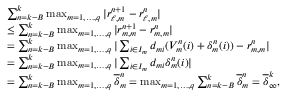
\begin{array} { r l } & { \sum _ { n = k - B } ^ { k } \operatorname* { m a x } _ { m = 1 , \ldots , q } | r _ { \ell , m } ^ { n + 1 } - r _ { \ell , m } ^ { n } | } \\ & { \leq \sum _ { n = k - B } ^ { k } \operatorname* { m a x } _ { m = 1 , \ldots , q } | r _ { m , m } ^ { n + 1 } - r _ { m , m } ^ { n } | } \\ & { = \sum _ { n = k - B } ^ { k } \operatorname* { m a x } _ { m = 1 , \ldots , q } | \sum _ { i \in I _ { m } } d _ { m i } ( V _ { m } ^ { n } ( i ) + \delta _ { m } ^ { n } ( i ) ) - r _ { m , m } ^ { n } | } \\ & { = \sum _ { n = k - B } ^ { k } \operatorname* { m a x } _ { m = 1 , \ldots , q } | \sum _ { i \in I _ { m } } d _ { m i } \delta _ { m } ^ { n } ( i ) | } \\ & { = \sum _ { n = k - B } ^ { k } \operatorname* { m a x } _ { m = 1 , \ldots , q } \overline { { \delta } } _ { m } ^ { n } = \operatorname* { m a x } _ { m = 1 , \ldots , q } \sum _ { n = k - B } ^ { k } \overline { { \delta } } _ { m } ^ { n } = \overline { { \delta } } _ { \infty } ^ { k } , } \end{array}